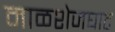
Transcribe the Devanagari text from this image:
माळशेजघाट